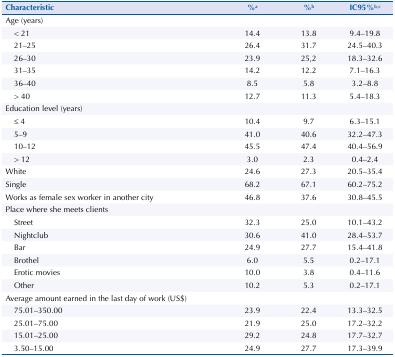
<table><thead><tr><td><b>Characteristic</b></td><td><b>%<sup>a</sup></b></td><td><b>%<sup>b</sup></b></td><td><b>IC95%<sup>b,c</sup></b></td></tr></thead><tbody><tr><td>Age (years)</td><td> </td><td> </td><td> </td></tr><tr><td>&lt; 21</td><td>14.4</td><td>13.8</td><td>9.4–19.8</td></tr><tr><td>21–25</td><td>26.4</td><td>31.7</td><td>24.5–40.3</td></tr><tr><td>26–30</td><td>23.9</td><td>25,2</td><td>18.3–32.6</td></tr><tr><td>31–35</td><td>14.2</td><td>12.2</td><td>7.1–16.3</td></tr><tr><td>36–40</td><td>8.5</td><td>5.8</td><td>3.2–8.8</td></tr><tr><td>&gt; 40</td><td>12.7</td><td>11.3</td><td>5.4–18.3</td></tr><tr><td>Education level (years)</td><td> </td><td> </td><td> </td></tr><tr><td>≤ 4</td><td>10.4</td><td>9.7</td><td>6.3–15.1</td></tr><tr><td>5–9</td><td>41.0</td><td>40.6</td><td>32.2–47.3</td></tr><tr><td>10–12</td><td>45.5</td><td>47.4</td><td>40.4–56.9</td></tr><tr><td>&gt; 12</td><td>3.0</td><td>2.3</td><td>0.4–2.4</td></tr><tr><td>White</td><td>24.6</td><td>27.3</td><td>20.5–35.4</td></tr><tr><td>Single</td><td>68.2</td><td>67.1</td><td>60.2–75.2</td></tr><tr><td>Works as female sex worker in another city</td><td>46.8</td><td>37.6</td><td>30.8–45.5</td></tr><tr><td>Place where she meets clients</td><td> </td><td> </td><td> </td></tr><tr><td>Street</td><td>32.3</td><td>25.0</td><td>10.1–43.2</td></tr><tr><td>Nightclub</td><td>30.6</td><td>41.0</td><td>28.4–53.7</td></tr><tr><td>Bar</td><td>24.9</td><td>27.7</td><td>15.4–41.8</td></tr><tr><td>Brothel</td><td>6.0</td><td>5.5</td><td>0.2–17.1</td></tr><tr><td>Erotic movies</td><td>10.0</td><td>3.8</td><td>0.4–11.6</td></tr><tr><td>Other</td><td>10.2</td><td>5.3</td><td>0.2–17.1</td></tr><tr><td>Average amount earned in the last day of work (US$)</td><td> </td><td> </td><td> </td></tr><tr><td>75.01–350.00</td><td>23.9</td><td>22.4</td><td>13.3–32.5</td></tr><tr><td>25.01–75.00</td><td>21.9</td><td>25.0</td><td>17.2–32.2</td></tr><tr><td>15.01–25.00</td><td>29.2</td><td>24.8</td><td>17.7–32.7</td></tr><tr><td>3.50–15.00</td><td>24.9</td><td>27.7</td><td>17.3–39.9</td></tr></tbody></table>